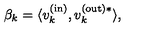
\beta _ { k } = \langle v _ { k } ^ { \mathrm { ( i n ) } } , v _ { k } ^ { \mathrm { ( o u t ) * } } \rangle ,